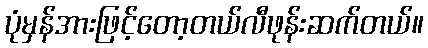
ပုံမှန်အားဖြင့်တော့တယ်လီဖုန်းဆက်တယ်။